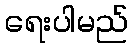
ရေးပါမည်